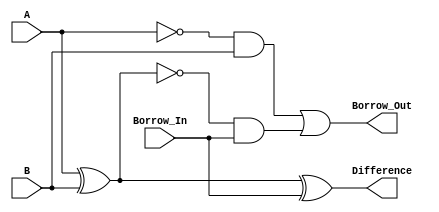
module Full_Subtractor (
    input A,
    input B,
    input Borrow_In,
    output Difference,
    output Borrow_Out
);

assign Difference = (A ^ B) ^ Borrow_In;
assign Borrow_Out = (~A & B) | ((~(A ^ B)) & Borrow_In);

endmodule